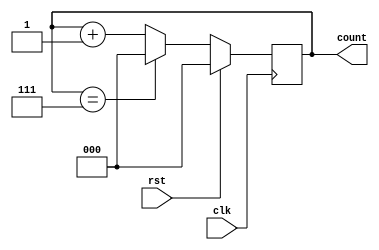
module T20_counter(clk, rst, count);

    input wire clk, rst;
    output reg [2:0]count = 0;

    always@ (posedge clk) 
        begin
            if(rst)
                count <= 0;
            else if (count == 3'b111)
                count <= 0;
            else 
                count <= count + 1'b1;
        end
endmodule